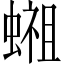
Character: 𬠢